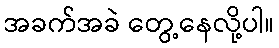
အခက်အခဲ တွေ့နေလို့ပါ။